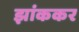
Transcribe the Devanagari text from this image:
झांककर